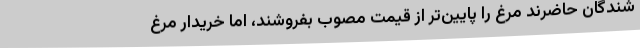
شندگان حاضرند مرغ را پایین‌تر از قیمت مصوب بفروشند، اما خریدار مرغ